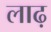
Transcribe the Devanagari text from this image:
लाढ़